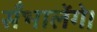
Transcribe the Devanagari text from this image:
सँभालेंगे।